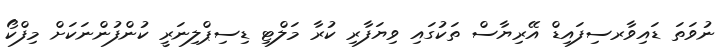
ނުވަތަ ޑައިވާރސިފައިޑް އޭރިޔާސް ތަކުގައި ވިޔަފާރި ކުރާ މަލްޓި ޑިސިޕްލިނަރީ ކުންފުންނަކަށް މިފްކޯ